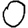
Digit: 0